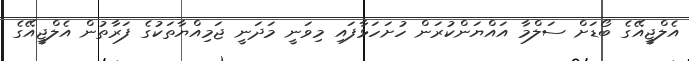
އެލްޖީއޭގެ ބޯޑަށް ސަލްމާ އައްޔަންކުރަން ހުށަހަޅާފައި މިވަނީ މަދަނީ ޖަމިއްޔާތަކުގެ ފަރާތުން އެލްޖީއޭގެ